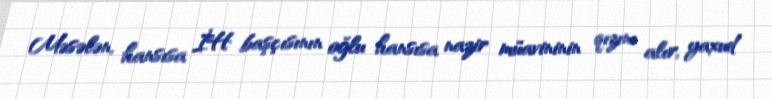
Məsələn, hansısa İH başçısının oğlu hansısa nazir müavininin qızını alır, yaxud